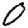
Digit: 0